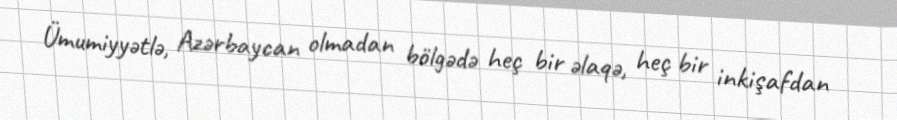
Ümumiyyətlə, Azərbaycan olmadan bölgədə heç bir əlaqə, heç bir inkişafdan